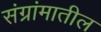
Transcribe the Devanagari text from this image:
संग्रांमातील